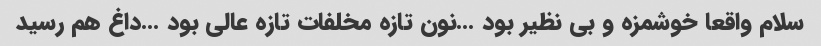
سلام واقعا خوشمزه و بی نظیر بود …نون تازه مخلفات تازه عالی بود …داغ هم رسید